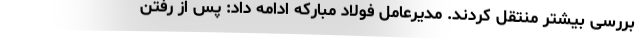
بررسی بیشتر منتقل کردند. مدیرعامل فولاد مبارکه ادامه داد: پس از رفتن